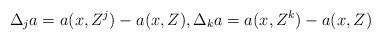
LaTeX: \begin{align*}\Delta_j a = a(x,Z^j) - a(x,Z), \Delta_k a = a(x,Z^k) - a(x,Z)\end{align*}